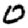
Digit: 0